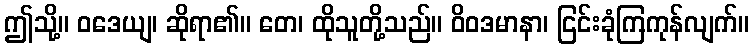
ဤသို့။ ဝဒေယျ၊ ဆိုရာ၏။ တေ၊ ထိုသူတို့သည်။ ဝိဝဒမာနာ၊ ငြင်းခုံကြကုန်လျက်။